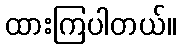
ထားကြပါတယ်။